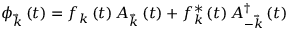
\phi _ { \vec { k } } \left( t \right) = f _ { k } \left( t \right) A _ { \vec { k } } \left( t \right) + f _ { k } ^ { * } \left( t \right) A _ { - \vec { k } } ^ { \dagger } \left( t \right)